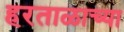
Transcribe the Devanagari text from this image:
हरताळाच्या